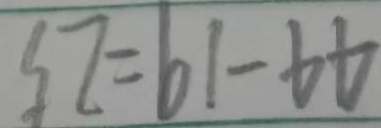
4 4 - 1 9 = 2 5